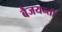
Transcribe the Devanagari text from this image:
बैजयन्‍ती